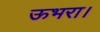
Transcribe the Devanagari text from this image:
ऊभरा।